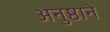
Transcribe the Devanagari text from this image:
अनुष्ठाने